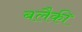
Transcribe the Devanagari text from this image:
बलैकी